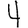
Digit: 4